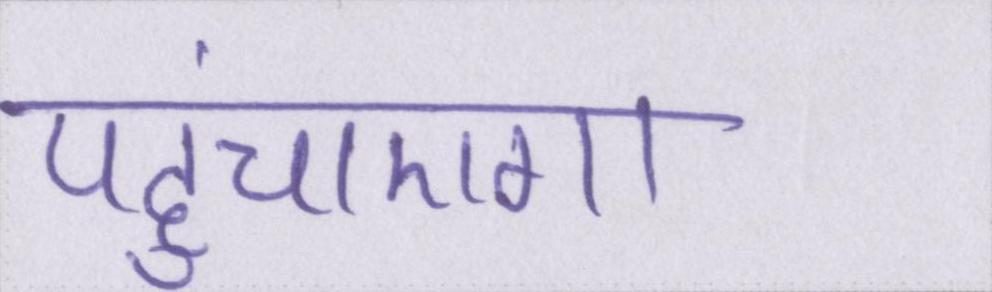
पहुंचाएगा